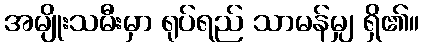
အမျိုးသမီးမှာ ရုပ်ရည် သာမန်မျှ ရှိ၏။